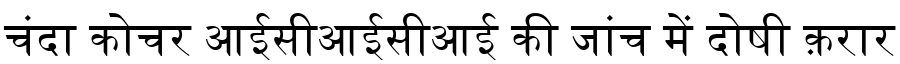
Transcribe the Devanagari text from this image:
चंदा कोचर आईसीआईसीआई की जांच में दोषी क़रार